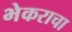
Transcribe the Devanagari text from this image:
भेकराचा